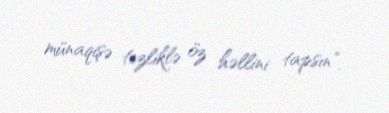
münaqişə tezliklə öz həllini tapsın”.